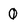
Character: 0